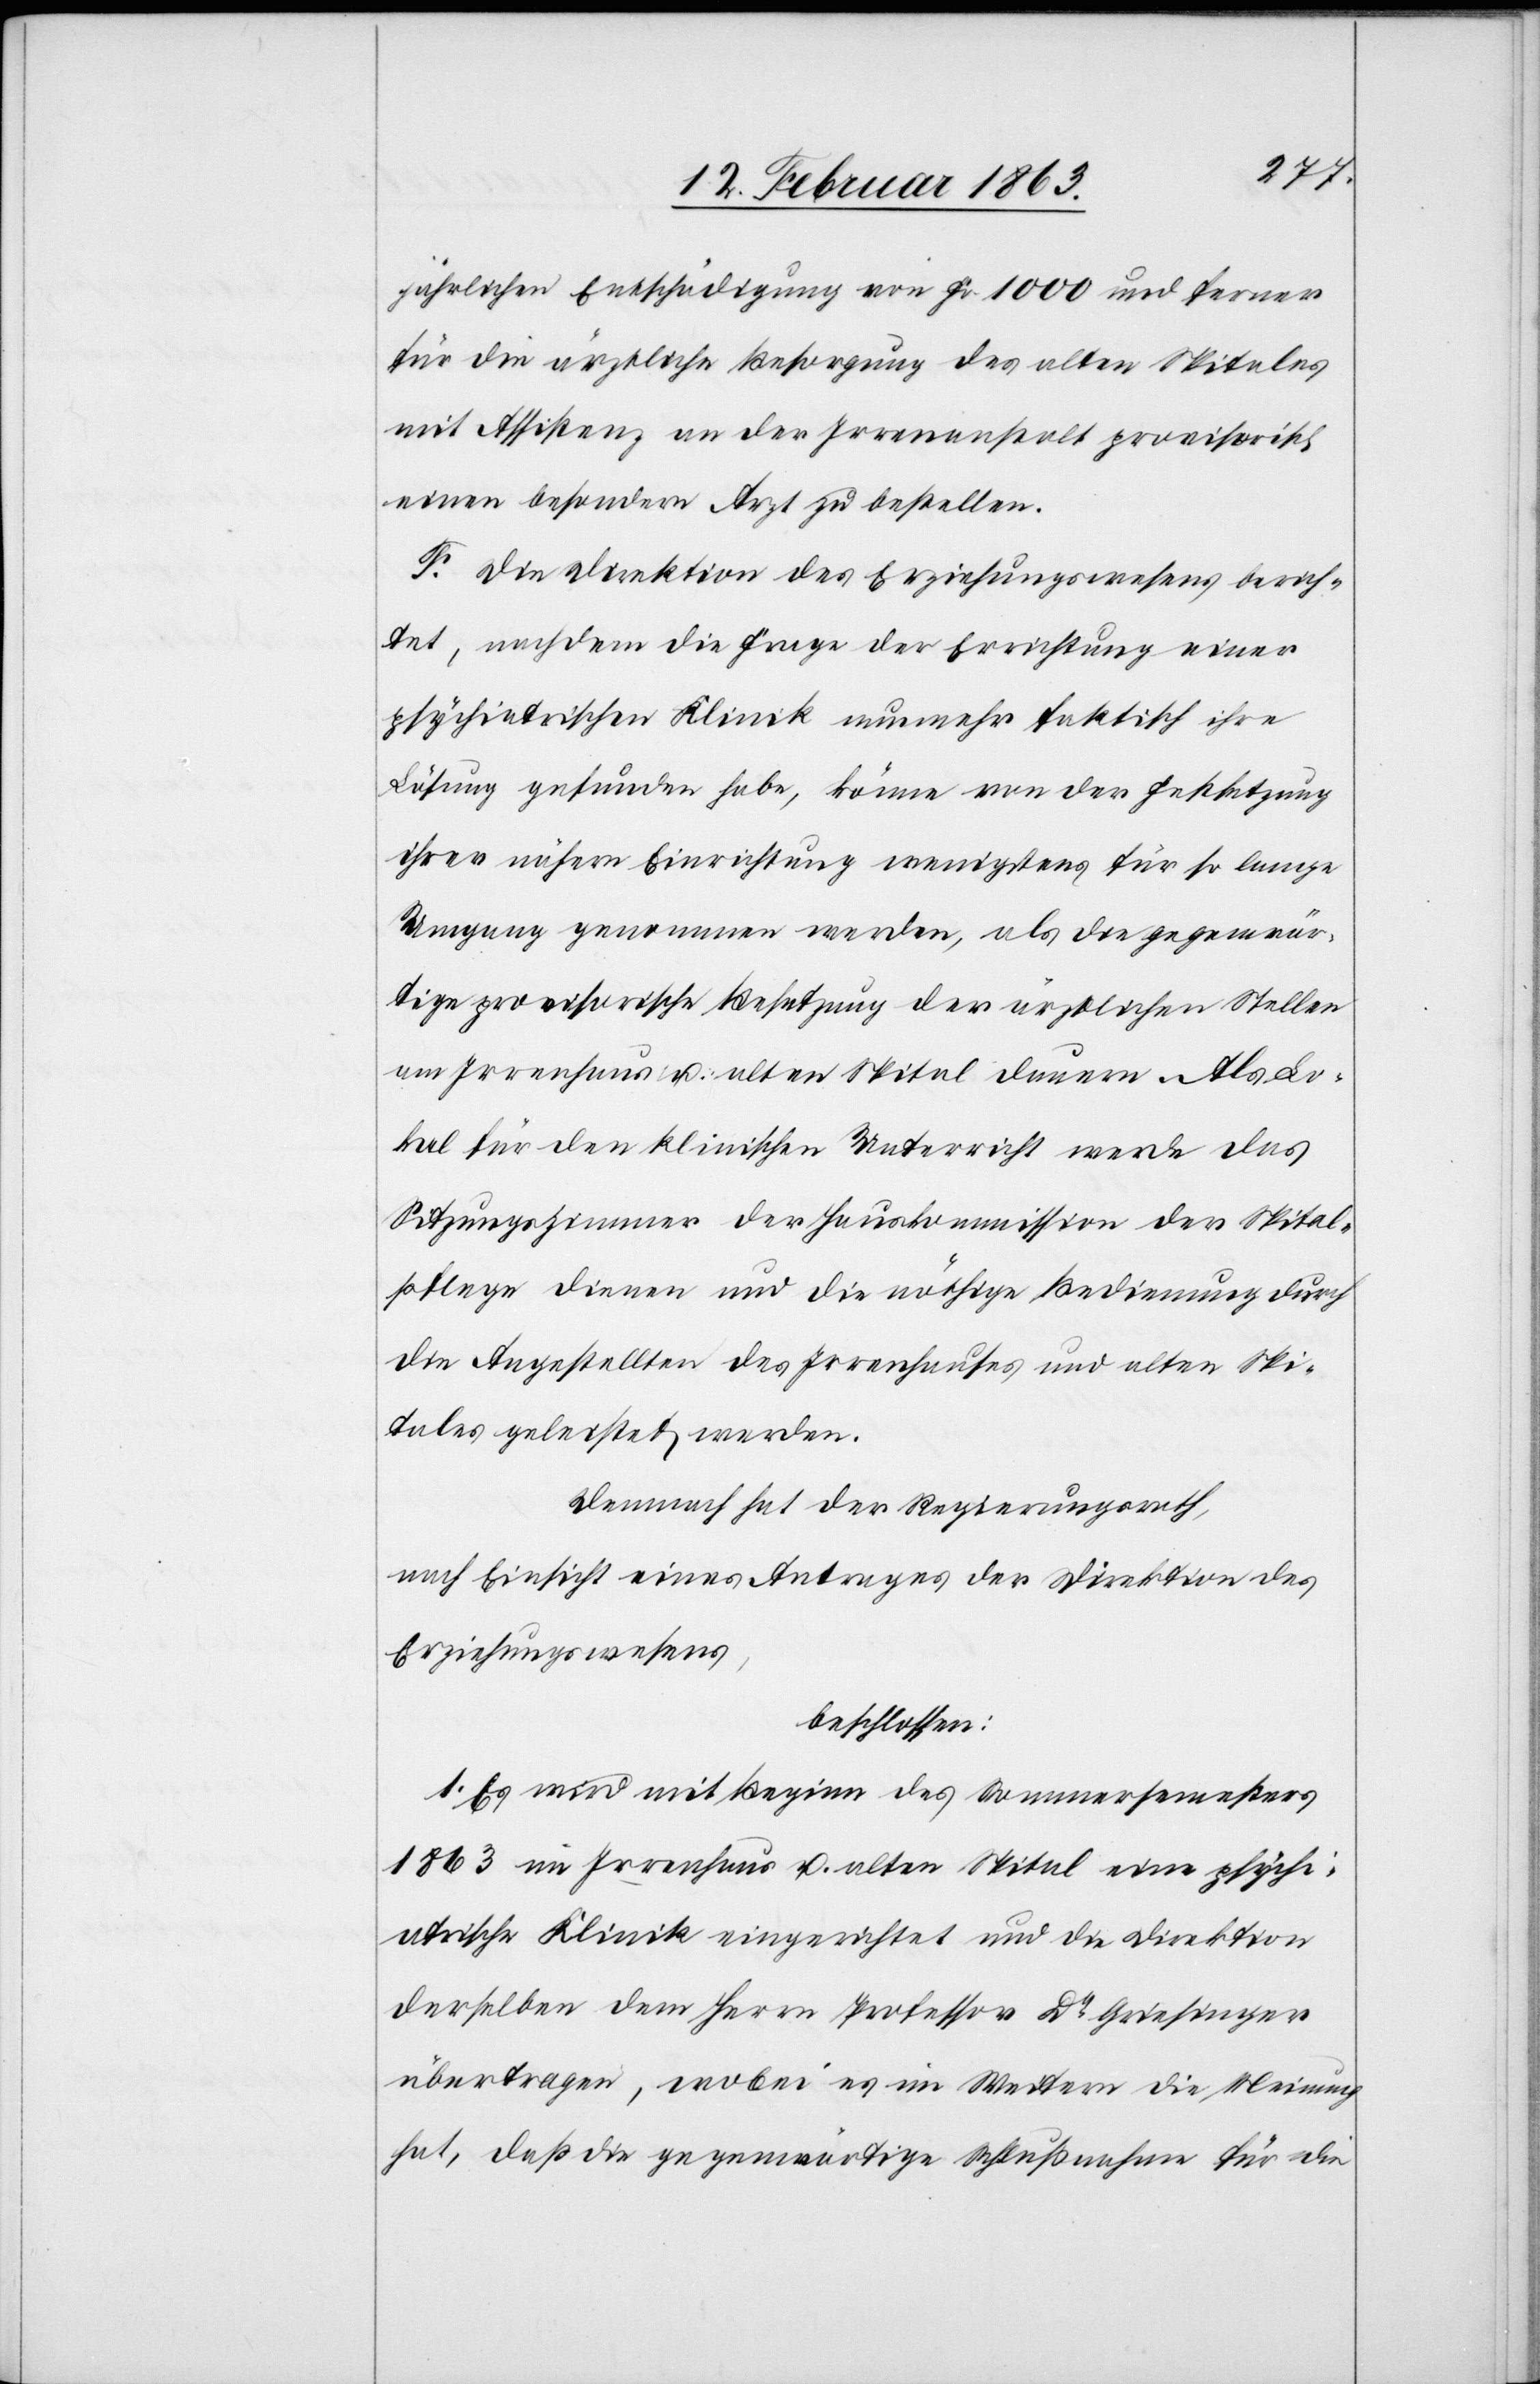
jährlichen Entschädigung von Fr. 1000 und ferner
für die ärztliche Besorgung des alten Spitales
mit Assistenz an der Irrenanstalt provisorisch
einen besondern Arzt zu bestellen.
F. Die Direktion des Erziehungswesens berich¬
tet, nachdem die Frage der Errichtung einer
psychiatrischen Klinik nunmehr faktisch ihre
Lösung gefunden habe, könne von der Festsetzung
ihrer nähern Einrichtung wenigstens für so lange
Umgang genommen werden, als die gegenwär¬
tige provisorische Besetzung der ärztlichen Stellen
am Irrenhaus u. alten Spital dauern. Als Lo¬
kal für den klinischen Unterricht werde das
Sitzungszimmer der Hauskommission der Spital¬
pflege dienen und die nöthige Bedienung durch
die Angestellten des Irrenhauses und alten Spi¬
tales geleistet werden.
Demnach hat der Regierungsrath,
nach Einsicht eines Antrages der Direktion des
Erziehungswesens,
beschlossen:
1. Es wird mit Beginn des Sommersemesters
1863 im Irrenhaus u. alten Spital eine psychi¬
atrische Klinik eingerichtet und die Direktion
derselben dem Herrn Professor Dr Griesinger
übertragen, wobei es im Weitern die Meinung
hat, daß die gegenwärtige Schlußnahme für die